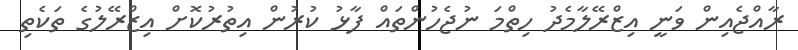
ރާއްޖެއިން ވަނީ އިޒްރޭލާމެދު ހިތްމަ ނުޖެހުންތައް ފާޅު ކުރުން އިތުރުކޮށް އިޒްރޭލުގެ ތަކެތި